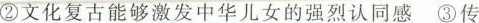
②文化复古能够激发中华儿女的强烈认同感 ③传